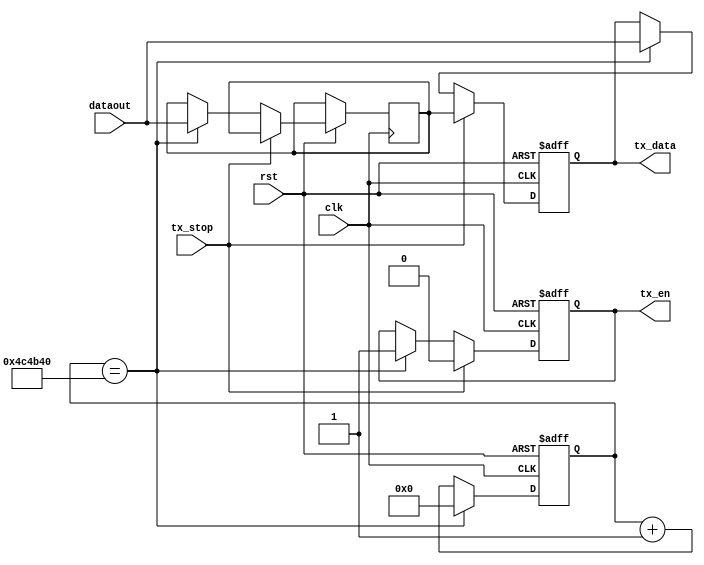
//
module tx_ctrl(clk,rst,tx_stop,tx_en,tx_data,dataout);
	input clk,rst;
	input tx_stop;
	input[7:0] dataout;
	output tx_en;
	output[7:0] tx_data;
	reg[24:0] cnt;
	always@(posedge clk or negedge rst)//
		begin
			if(!rst)
				cnt<=25'd0;
			else if(cnt==25'd5000000)
				cnt<=25'd0;
			else
				cnt<=cnt+1'b1;
		end
		
	reg isEn;
	reg[7:0] rDatar,datatmp;
	
	always@(posedge clk or negedge rst)
		begin
			if(!rst)
				begin
					isEn<=1'b0;
					rDatar<=8'b0;
				end
			else if(tx_stop)
				begin
					isEn<=1'b0;
					rDatar<=datatmp;
				end
			else if(cnt==25'd5000000)
				begin
					datatmp<=dataout;
					rDatar<=dataout;
					isEn<=1'b1;
				end
		end	
		
	assign tx_data=rDatar;
	assign tx_en=isEn;
endmodule